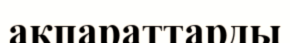
ақпараттарды